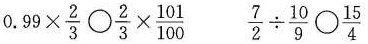
$$0.99 \times \frac{2}{3}\bigcirc \frac{2}{3}\times \frac{101}{100}$$ $$\frac{7}{2}\div \frac{10}{9}\bigcirc \frac{15}{4}$$